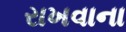
રાખવાના